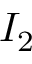
I _ { 2 }